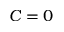
C = 0